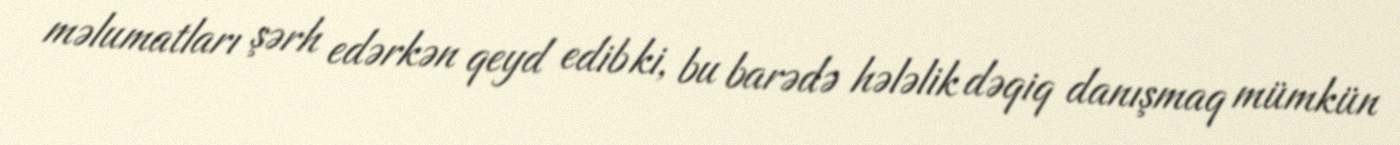
məlumatları şərh edərkən qeyd edib ki, bu barədə hələlik dəqiq danışmaq mümkün